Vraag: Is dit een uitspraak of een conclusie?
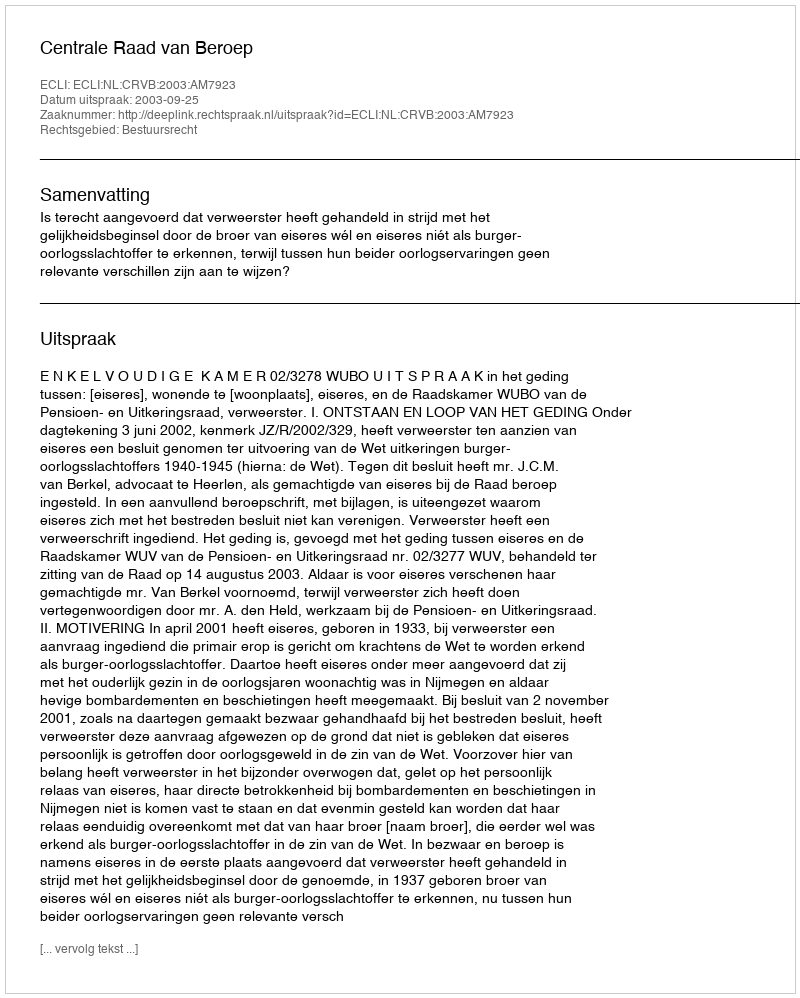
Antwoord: Uitspraak